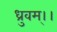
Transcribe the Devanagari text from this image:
ध्रुवम्।।